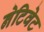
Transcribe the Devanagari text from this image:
नेटिवेट